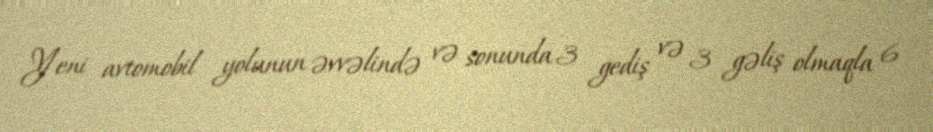
Yeni avtomobil yolunun əvvəlində və sonunda 3 gediş və 3 gəliş olmaqla 6